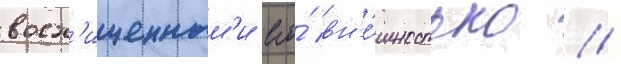
восх'ищенным'и его́ вн'е́шностью //